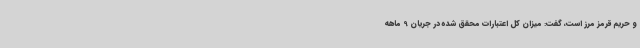
و حریم قرمز مرز است، گفت: میزان کل اعتبارات محقق شده در جریان 9 ماهه